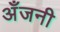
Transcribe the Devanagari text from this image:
अँजनी